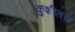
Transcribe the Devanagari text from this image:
कुशीतच